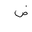
Letter: _dad